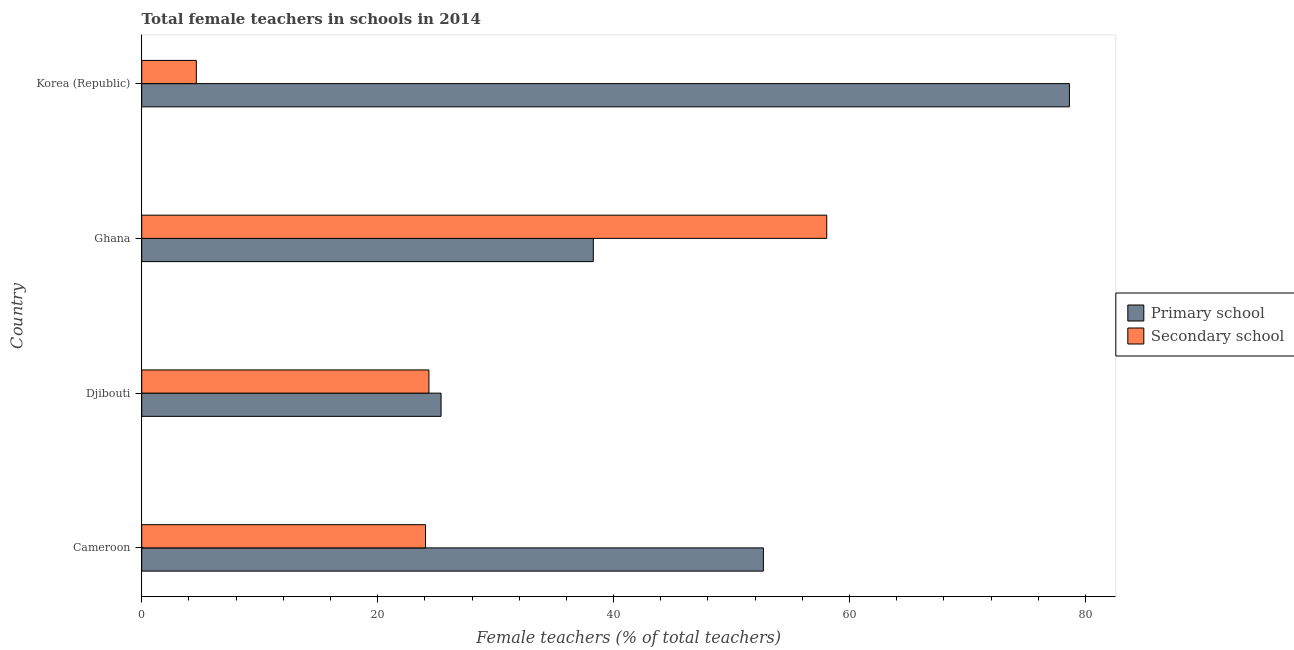
| Country | Primary school | Secondary school |
 | --- | --- | --- |
 | Cameroon | 52.7 | 24.1 |
 | Djibouti | 25.4 | 24.3 |
 | Ghana | 38.3 | 58.1 |
 | Korea (Republic) | 78.6 | 4.63 |